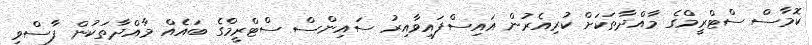
ކޮމާސް ސްޓްރީމްގެ މާއްދާތަކަށް ކުރިއެރުން އައިސްފައިވާއިރު ސައިންސް ސްޓްރީމްގެ ބައެއް މާއްދާތަކުން ފާސްވި